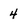
Character: 4